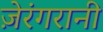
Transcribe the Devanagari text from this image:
ज़ेरंगरानी